Annual statistical returns and brief notes on vaccination in Bengal - 1896-1909
Year: 1896
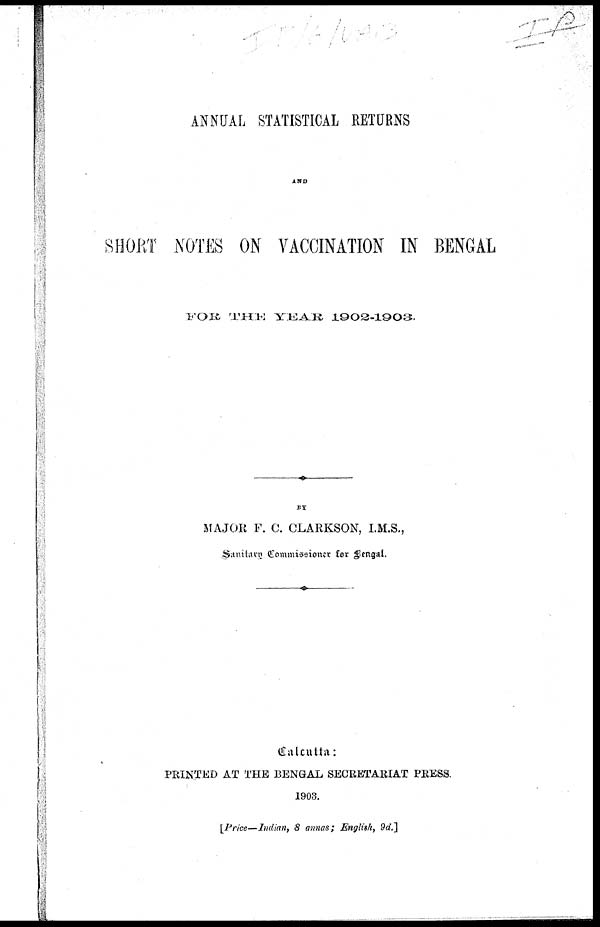
ANNUAL STATISTICAL RETURNS
AND
SHORT NOTES ON VACCINATION IN BENGAL
FOR THE YEAR 1902-1903.
BY
MAJOR F. C. CLARKSON, I.M.S.,
Sanitary Commissioner for Bengal.
Calcutta:
PRINTED AT THE BENGAL SECRETARIAT PRESS.
1903.
[Price—Indian, 8 annas; English, 9d.]